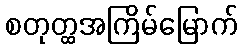
စတုတ္ထအကြိမ်မြောက်